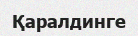
Қаралдинге